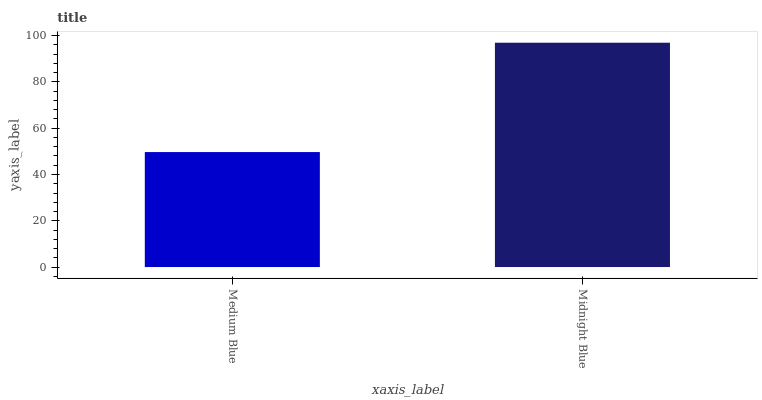
| xaxis_label | bars |
 | --- | --- |
 | Medium Blue | 49.7 |
 | Midnight Blue | 97 |